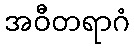
အဝီတရာဂံ